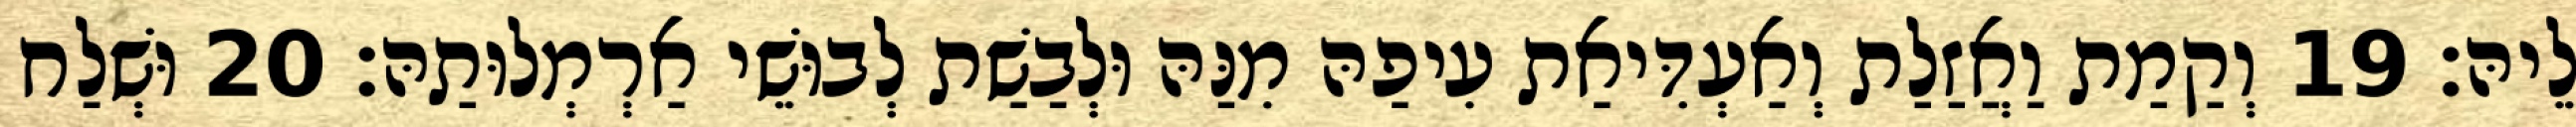
לֵיהּ׃ 19 וְקַמַת וַאֲזַלַת וְאַעְדִּיאַת עִיפַהּ מִנַּהּ וּלְבַשַׁת לְבוּשֵׁי אַרְמְלוּתַהּ׃ 20 וּשְׁלַח